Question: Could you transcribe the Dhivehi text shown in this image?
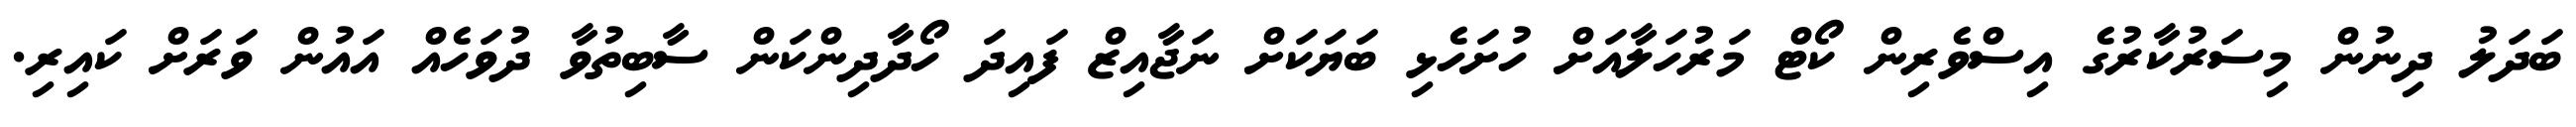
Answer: ބަދަލު ދިނުން މިސަރުކާރުގެ އިސްވެރިން ކޯޓް މަރުހަލާއަށް ހުށަހެޅި ބަޔަކަށް ނަޖާއިޒް ފައިދަ ހޯދާދިންކަން ސާބިތުވާ ދުވަހެއް އައުން ވަރަށް ކައިރި.